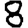
Digit: 8